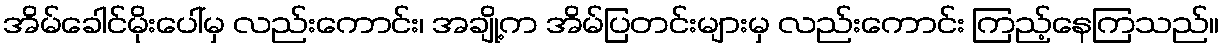
အိမ်ခေါင်မိုးပေါ်မှ လည်းကောင်း၊ အချို့က အိမ်ပြတင်းများမှ လည်းကောင်း ကြည့်နေကြသည်။